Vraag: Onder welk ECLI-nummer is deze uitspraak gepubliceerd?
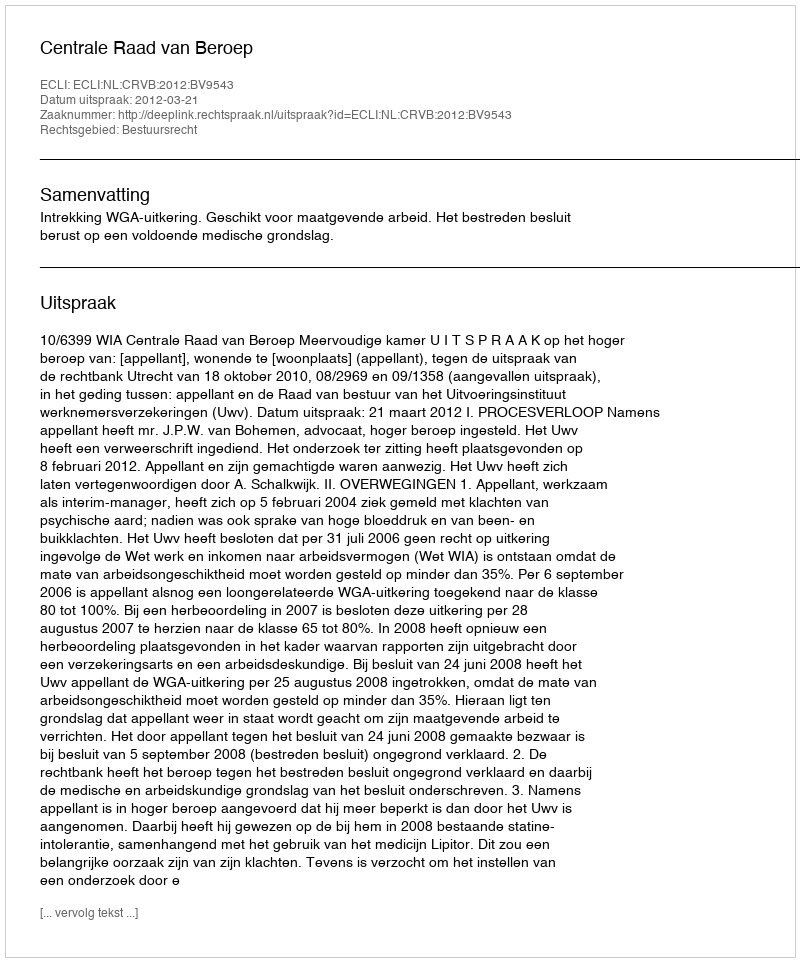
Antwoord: ECLI:NL:CRVB:2012:BV9543